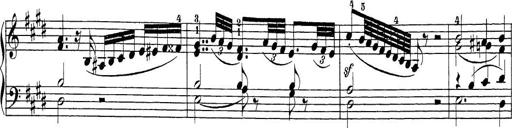
Title: Sonatina Album
Composer: Louis KÃ¶hler